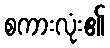
စကားလုံး၏